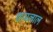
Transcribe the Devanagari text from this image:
शामलाल